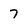
Character: 7